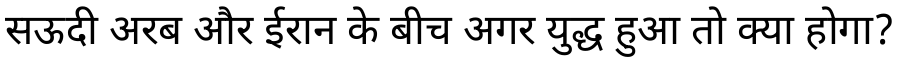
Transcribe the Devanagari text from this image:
सऊदी अरब और ईरान के बीच अगर युद्ध हुआ तो क्या होगा?